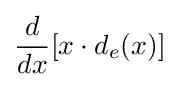
{\frac {d}{dx}}[x\cdot d_{e}(x)]